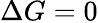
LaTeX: \Delta G=0